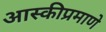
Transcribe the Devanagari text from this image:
आस्कीप्रमाणे